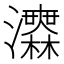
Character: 𤅅